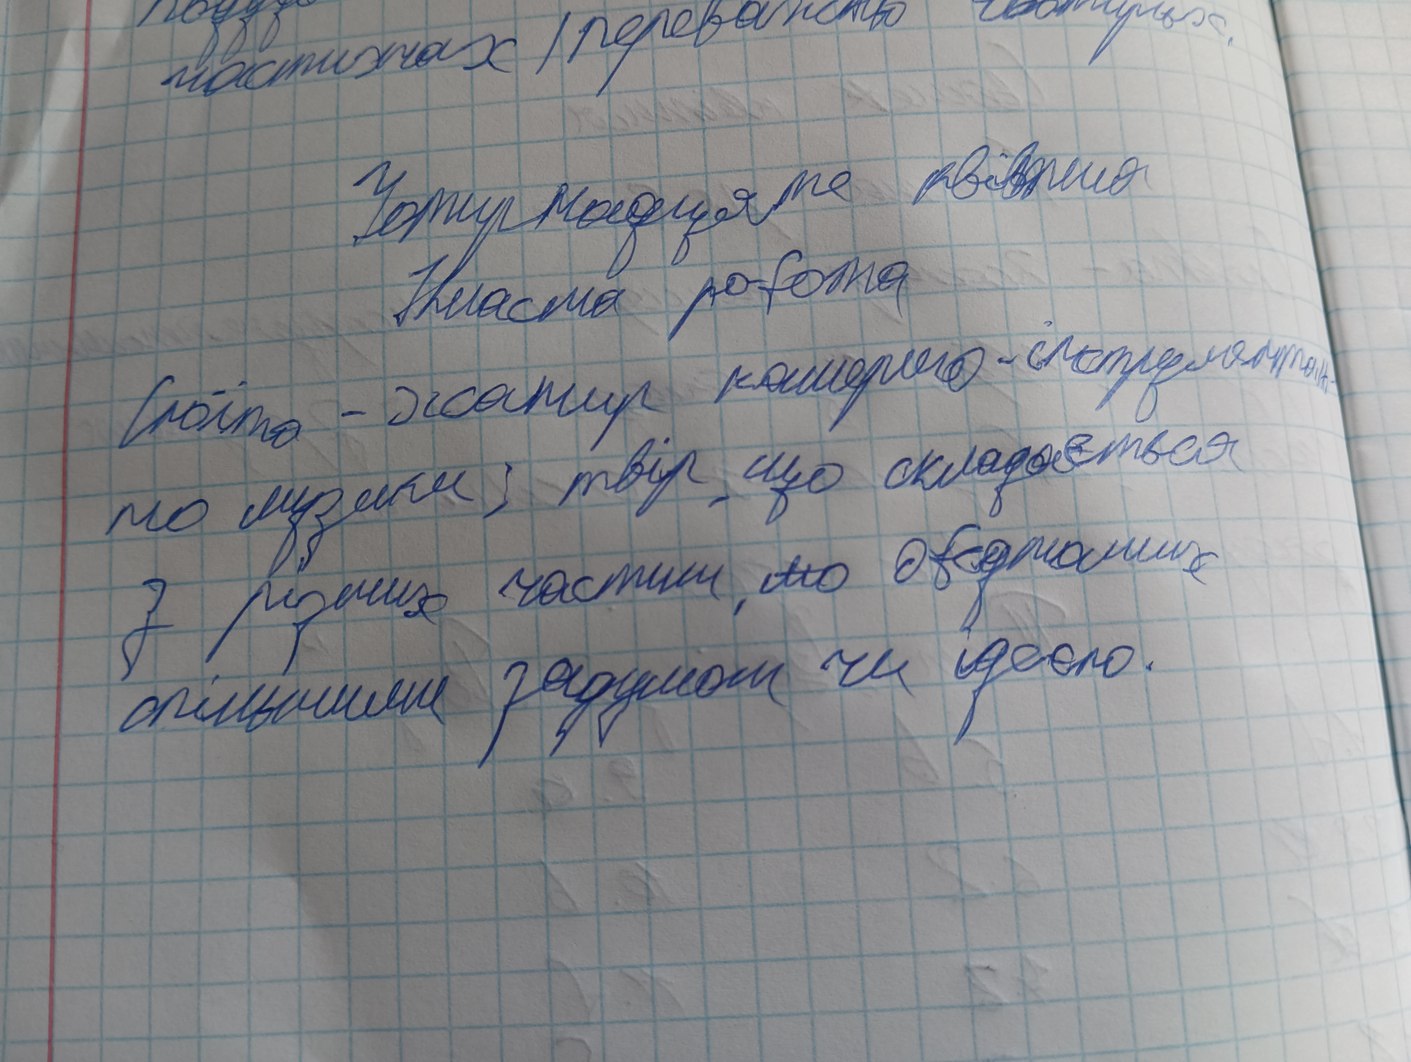
частинах (переважно [Illegible[]
Чотирнадцяте квітня
Класна робота
Сюїта - жанр камерно-інструменталь-
но музики; твір, що складається
з різних частин, ~~мо~~ об'єднаних
спільними задумом чи ідеєю.